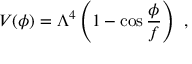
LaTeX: V ( \phi ) = \Lambda ^ { 4 } \left( 1 - \cos { \frac { \phi } { f } } \right) \ ,